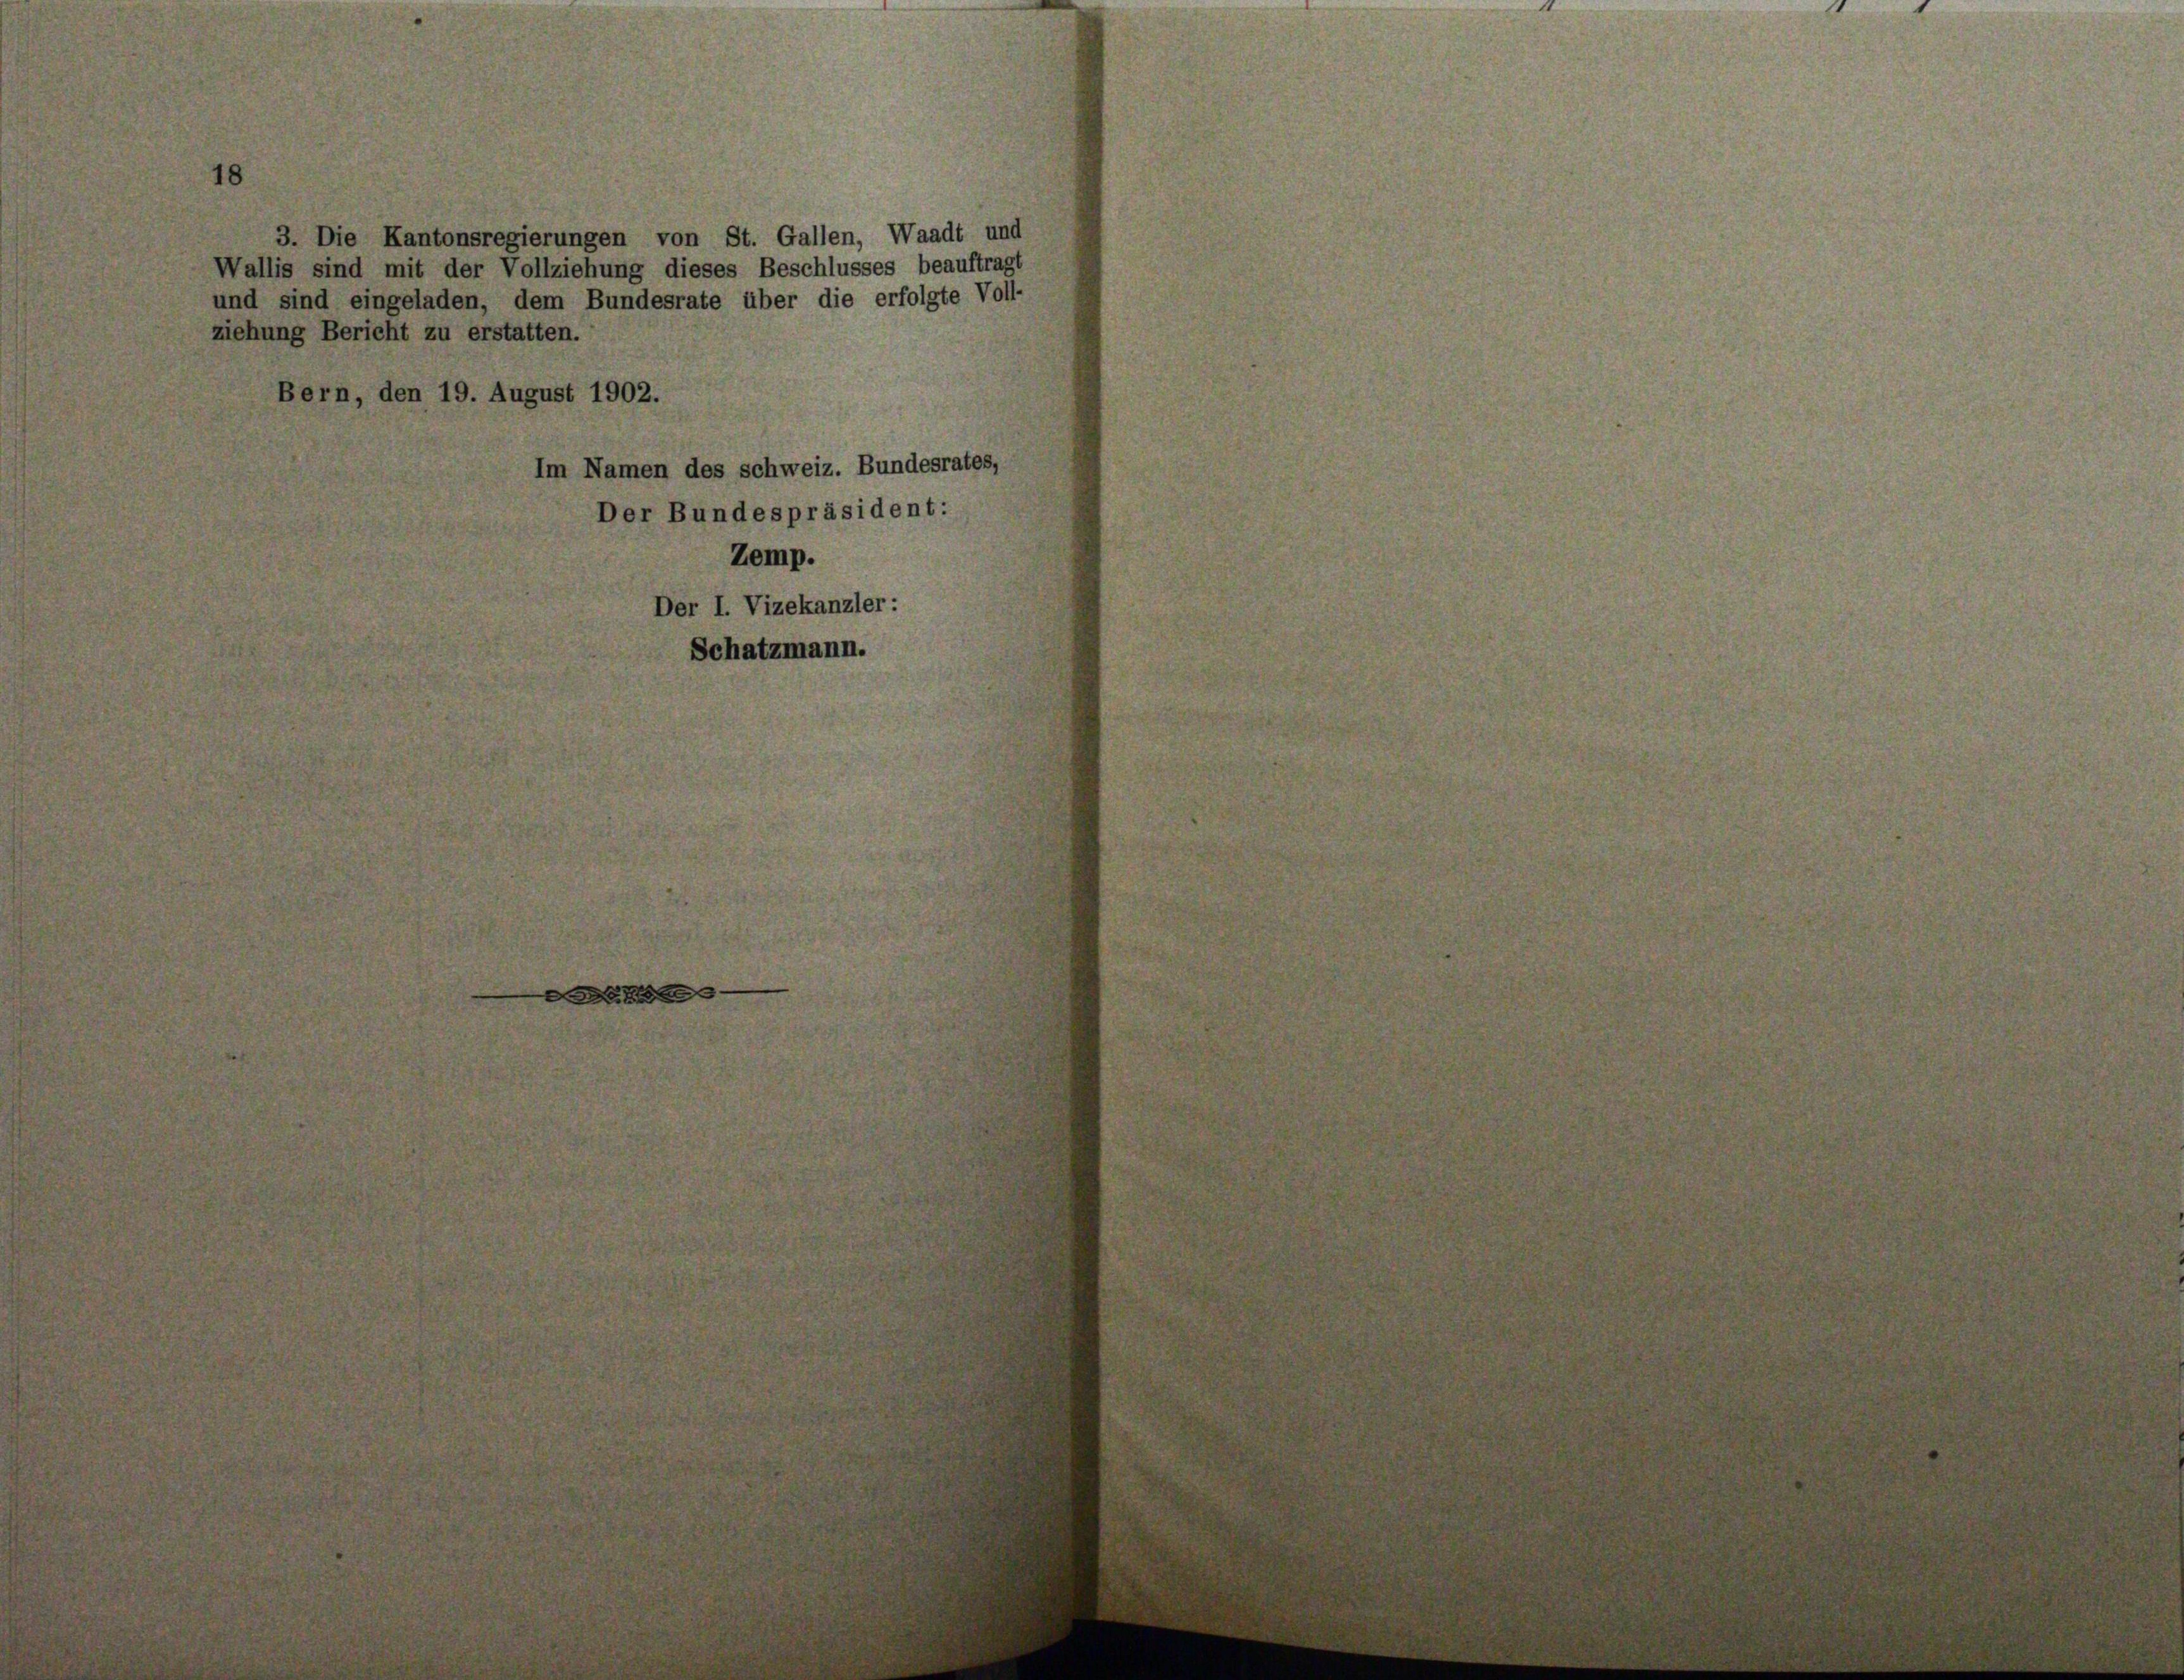
3. Die Kantonsregierungen von St. Gallen, Waadt und
Wallis sind mit der Vollziehung dieses Beschlusses beauftragt
und sind eingeladen, dem Bundesrate über die erfolgte Voll-
ziehung Bericht zu erstatten.
Bern, den 19. August 1902.
Im Namen des Schweiz. Bundesrates,
Der Bundespräsident:
Zemp.
Der I. Vizekanzler :

Schatzmann.